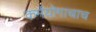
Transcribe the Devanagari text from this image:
कर्मयोगाचाच